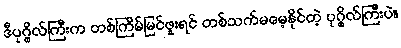
ဒီပုဂ္ဂိုလ်ကြီးက တစ်ကြိမ်မြင်ဖူးရင် တစ်သက်မမေ့နိုင်တဲ့ ပုဂ္ဂိုလ်ကြီးပဲ။